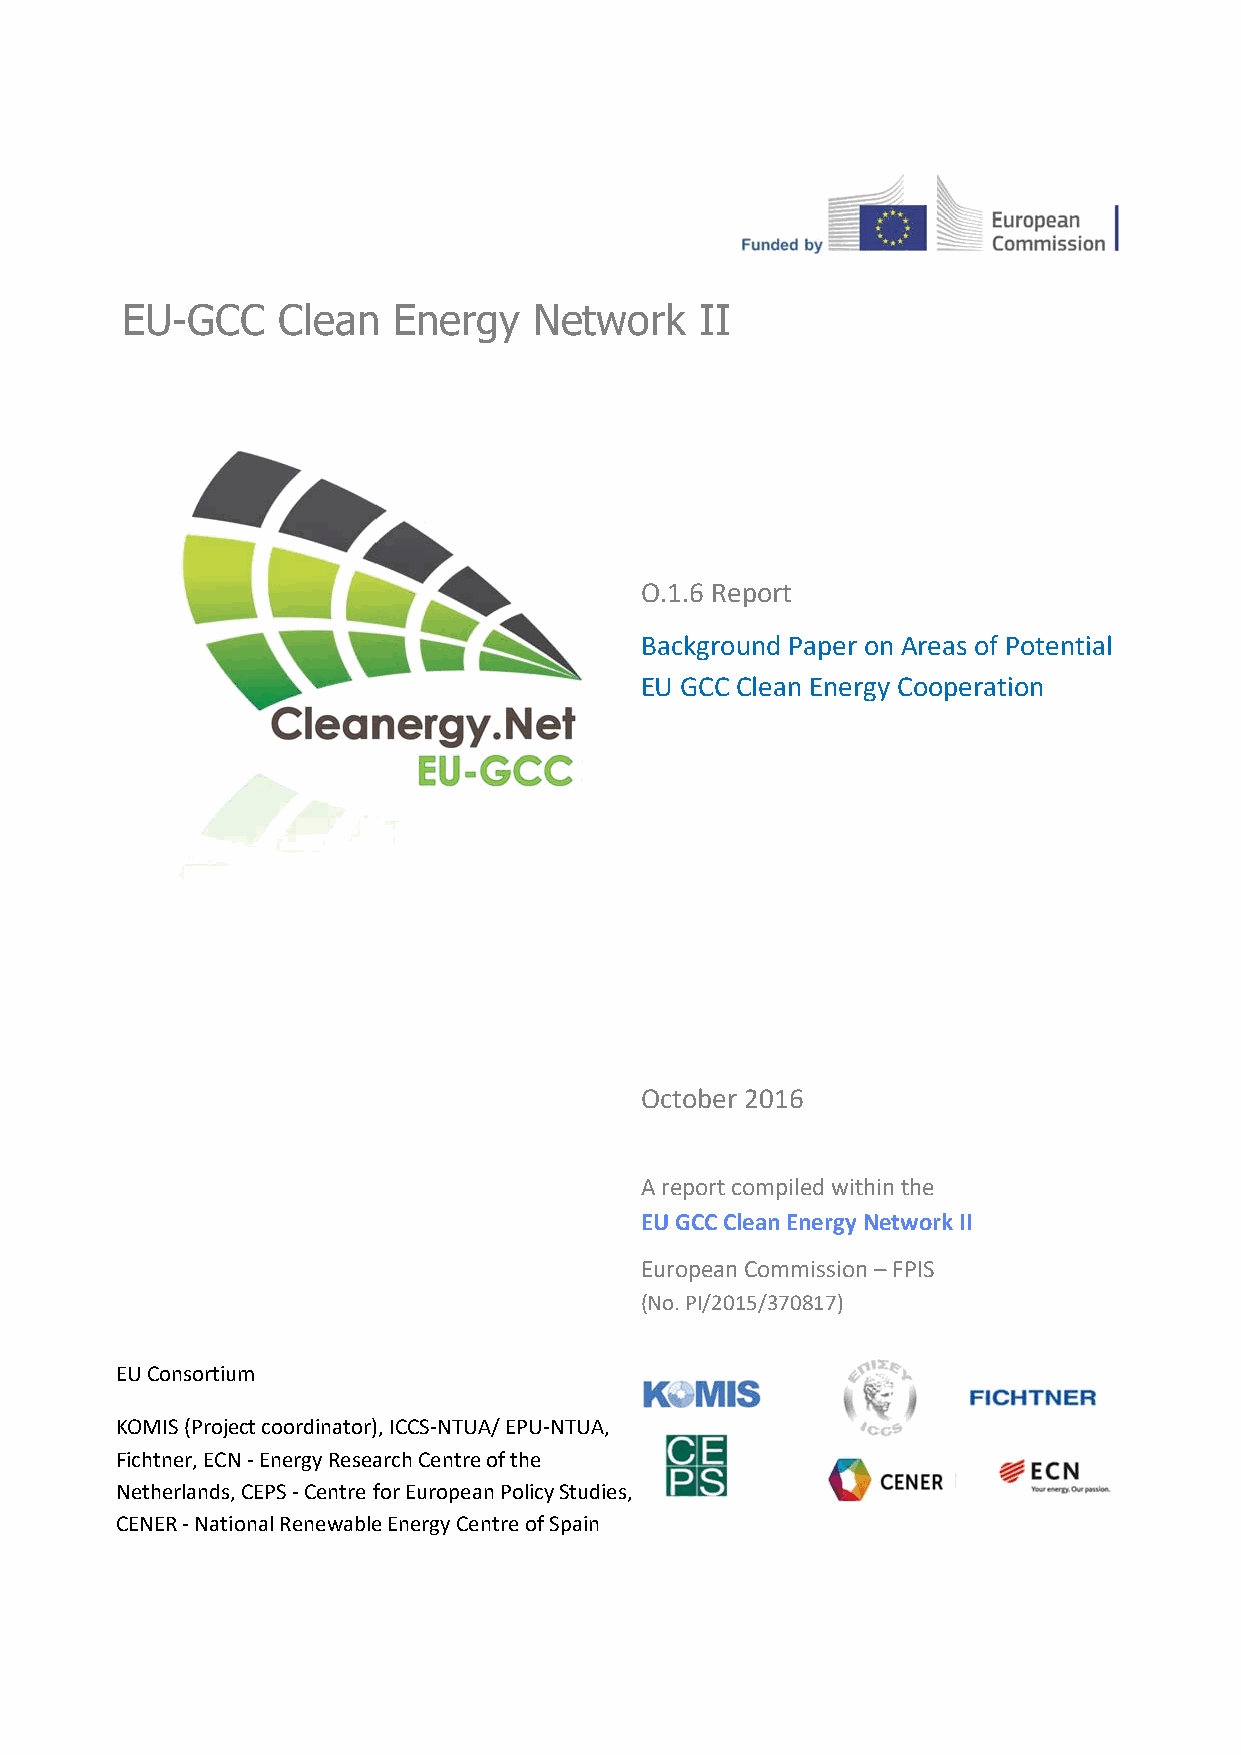
EU-GCC    Clean   Energy   Network    II
 O.1.6 Report
 Background Paper on Areas of Potential
 EU GCC Clean Energy Cooperation
 October 2016
 A report compiled within the
 EU GCC Clean Energy Network II
 European Commission – FPIS
 (No. PI/2015/370817)
 EU Consortium
 KOMIS (Project coordinator), ICCS‐NTUA/ EPU‐NTUA,
 Fichtner, ECN ‐ Energy Research Centre of the
 Netherlands, CEPS ‐ Centre for European Policy Studies,
 CENER ‐ National Renewable Energy Centre of Spain